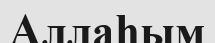
Аллаһым